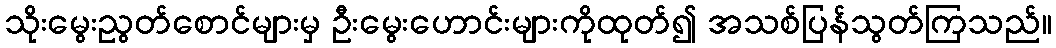
သိုးမွေးညွတ်စောင်များမှ ဦးမွေးဟောင်းများကိုထုတ်၍ အသစ်ပြန်သွတ်ကြသည်။